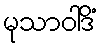
မုသာဝါဒိံ